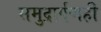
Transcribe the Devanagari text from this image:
समुद्रार्पणही